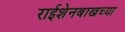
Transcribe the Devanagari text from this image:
राईशेनबाखच्या